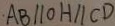
A B / / O H / / C D